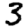
Digit: 3